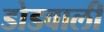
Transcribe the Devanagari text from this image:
डोडवाली